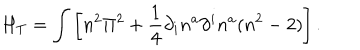
LaTeX: H _ { T } = \int \left[ n ^ { 2 } \Pi ^ { 2 } + \frac { 1 } { 4 } \partial _ { i } n ^ { a } \partial ^ { i } n ^ { a } ( n ^ { 2 } - 2 ) \right] .